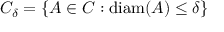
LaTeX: C _ { \delta } = \{ A \in C : \operatorname { d i a m } ( A ) \leq \delta \}